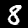
Label: 8